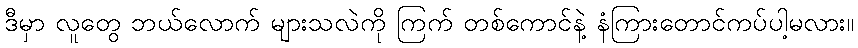
ဒီမှာ လူတွေ ဘယ်လောက် များသလဲကို ကြက် တစ်ကောင်နဲ့ နံကြားတောင်ကပ်ပါ့မလား။